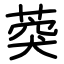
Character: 葖